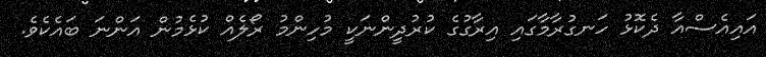
އައިއެސްއާ ދެކޮޅު ހަނގުރާމާގައި އިރާގުގެ ކުރުދީންނަކީ މުހިންމު ރޯލެއް ކުޅެމުން އަންނަ ބައެކެވެ.